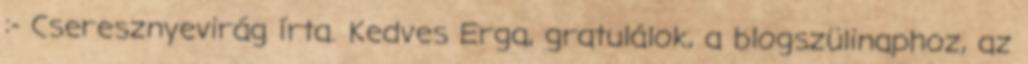
:- Cseresznyevirág írta. Kedves Erga, gratulálok, a blogszülinaphoz, az